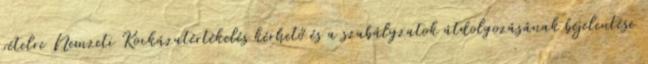
vételre Nemzeti Kockázatértékelés kérhető és a szabályzatok átdolgozásának bejelentése